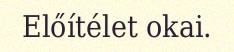
Előítélet okai.